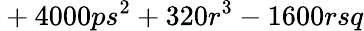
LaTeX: {}+4000ps^{2}+320r^{3}-1600rsq